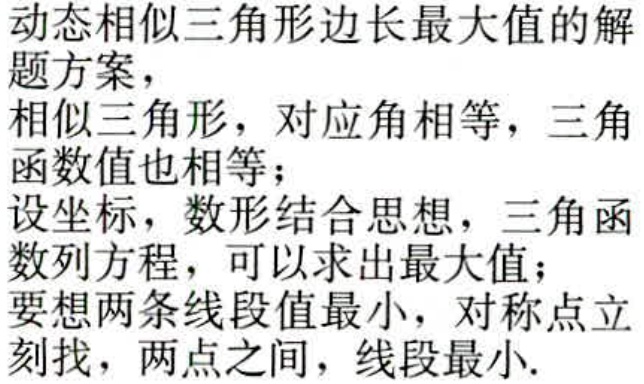
动态相似三角形边长最大值的解
题方案，
相似三角形，对应角相等，三角
函数值也相等；
设坐标，数形结合思想，三角函
数列方程，可以求出最大值；
要想两条线段值最小，对称点立
刻找，两点之间，线段最小.